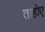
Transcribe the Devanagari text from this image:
ताहोए